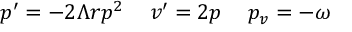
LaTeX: p ^ { \prime } = - 2 \Lambda r p ^ { 2 } \, \, \, \, \, \, \, v ^ { \prime } = 2 p \, \, \, \, \, \, \, p _ { v } = - \omega